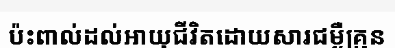
ប៉ះពាល់ដល់អាយុជីវិតដោយសារជម្ងឺគ្រុន